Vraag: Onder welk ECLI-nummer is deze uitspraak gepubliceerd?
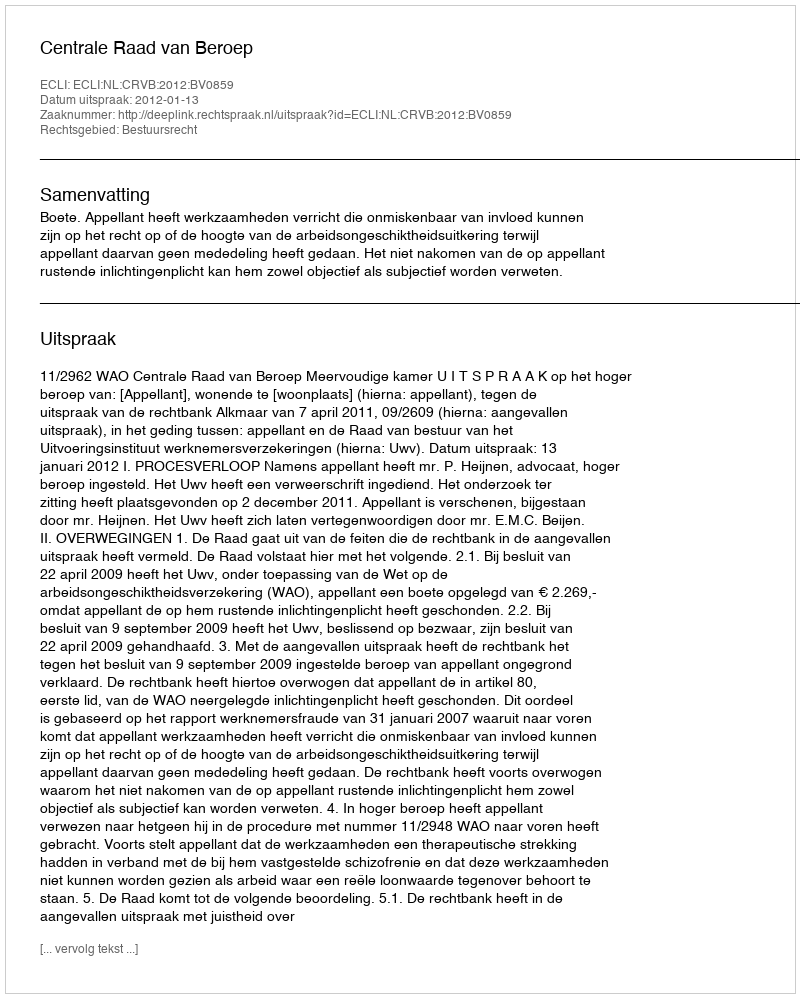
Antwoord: ECLI:NL:CRVB:2012:BV0859